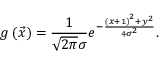
g \left( \vec { x } \right) = \frac { 1 } { \sqrt { 2 \pi } \sigma } e ^ { - \frac { \left( x + 1 \right) ^ { 2 } + y ^ { 2 } } { 4 \sigma ^ { 2 } } } .